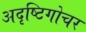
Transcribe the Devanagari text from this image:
अदृष्टिगोचर